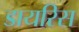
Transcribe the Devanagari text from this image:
डायरिस